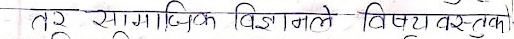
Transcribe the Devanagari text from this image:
तर सामाजिक विज्ञानले विषयवस्तुको